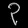
Digit: ၃